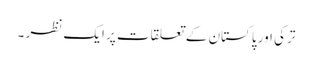
ترکی اور پاکستان کے تعلقات پر ایک نظر ۔